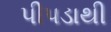
પીપડાથી